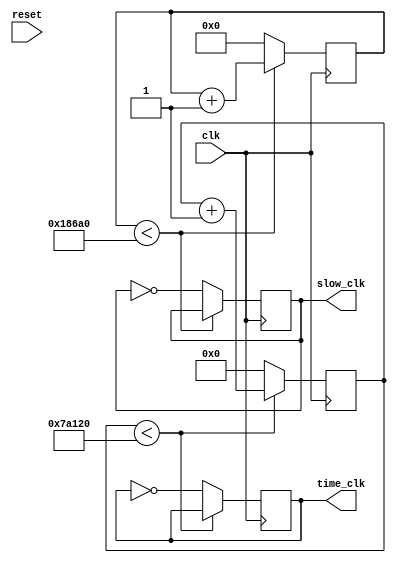
`timescale 1ns / 1ps
module clk_div_disp(
    input clk,
    input reset,
    output slow_clk,
    output time_clk
    );
    
    reg [16:0] slow;
    reg [19:0] time_count;
    reg slow_reg;
    reg time_c;
    assign slow_clk = slow_reg;
    assign time_clk = time_c;
    
    always @(posedge clk) begin
        if (time_count < 500000) begin 
            time_count <= time_count + 1;
          end
        else begin
            time_c <= ~time_c;
            time_count <= 0;
          end
    end
    
    always @(posedge clk) begin
        if (slow < 100000) begin 
            slow <= slow + 1;
          end
        else begin
            slow_reg <= ~slow_reg;
            slow <= 0;
          end
    end
    
endmodule